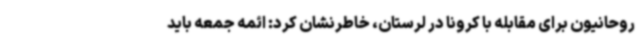
روحانیون برای مقابله با کرونا در لرستان، خاطرنشان کرد: ائمه جمعه باید